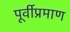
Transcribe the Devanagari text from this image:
पूर्वीप्रमाण